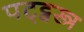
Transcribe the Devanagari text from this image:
पट्ट्वस्त्र